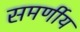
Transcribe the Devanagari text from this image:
समर्णीय